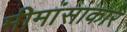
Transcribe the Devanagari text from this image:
मीमांसाकार